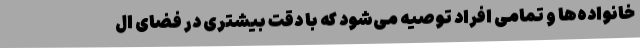
خانواده‌ها و تمامی افراد توصیه می‌شود که با دقت بیشتری در فضای ال